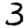
Digit: 3